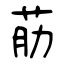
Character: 荕